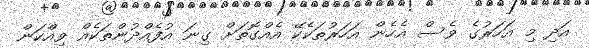
އަދި މި އަހަރުގެ ވެސް އެހެން އަހަރުތަކެކޭ އެއްގޮތަށް ގިނަ އުފެއްދުންތަކެއް ވިއްކަން